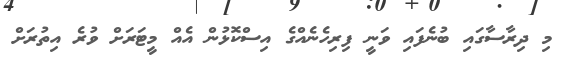
މި ދިރާސާގައި ބުނެފައި ވަނީ ފިރިހެނެއްގެ އިސްކޮޅުން އެއް މީޓަރަށް ވުރެ އިތުރަށް